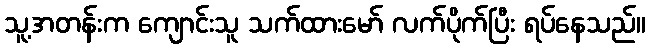
သူ့အတန်းက ကျောင်းသူ သက်ထားမော် လက်ပိုက်ပြီး ရပ်နေသည်။